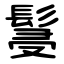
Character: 䯹